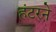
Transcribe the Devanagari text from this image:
हंटरने